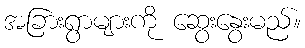
အခြားရွာများကို ဆွေးနွေးမည်။